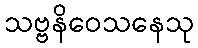
သဗ္ဗနိဝေသနေသု